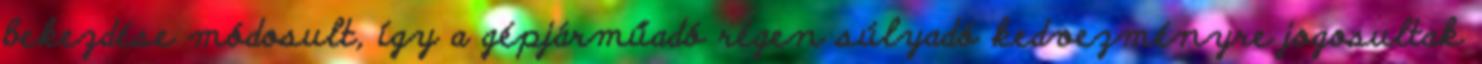
bekezdése módosult, így a gépjárműadó régen súlyadó kedvezményre jogosultak